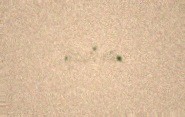
qadını.